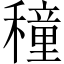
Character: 穜